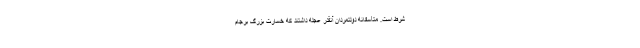
شرط است. متأسفانه دولتمردان آنقدر عجله داشتند که خسارت بزرگ برجام